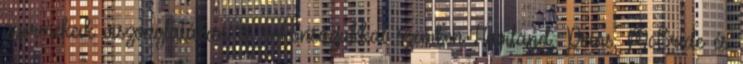
gyermekeik viszonylatában és rokonságukkal szemben Haviland, Prins, McBride és